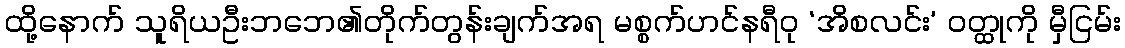
ထို့နောက် သူရိယဦးဘဘေ၏တိုက်တွန်းချက်အရ မစ္စက်ဟင်နရီဝု ‘အိစလင်း’ ဝတ္ထုကို မှီငြမ်း